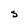
Character: S